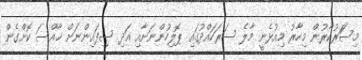
މިސަަރުކާރުން މިހާރު މިއުޅެނީ މާލެ ސަރަހައްދުގައި ޕޮލިހުންނަށާއި އަދި ސިފައިންނަށް ޚާއްސަ ކޮށްގެން